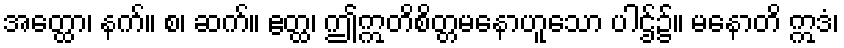
အတ္ထော၊ နက်။ စ၊ ဆက်။ ဧတ္ထ၊ ဤဣတိစိတ္တမနောဟူသော ပါဌ်၌။ မနောတိ ဣဒံ၊